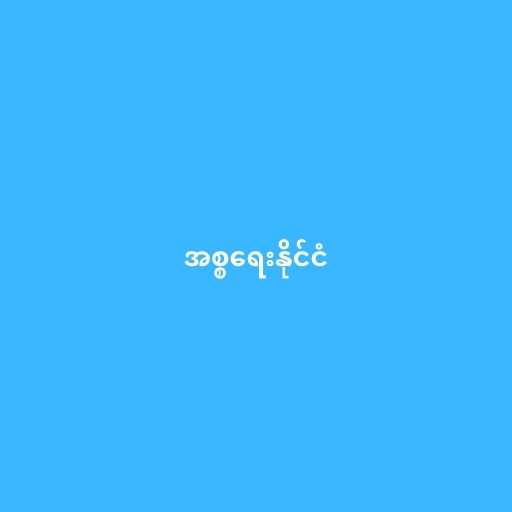
အစ္စရေးနိုင်ငံ